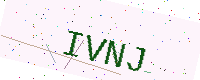
Text: IVNJ